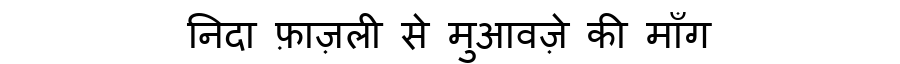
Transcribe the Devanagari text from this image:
निदा फ़ाज़ली से मुआवज़े की माँग